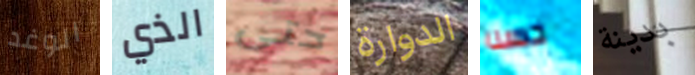
الوغد الذي حتى الدوارة حسنا بدينة